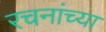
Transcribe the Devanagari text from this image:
रचनांच्या